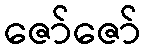
ဇော်ဇော်